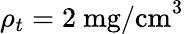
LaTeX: \rho_{t}=2~\mathrm{mg/cm}^{3}